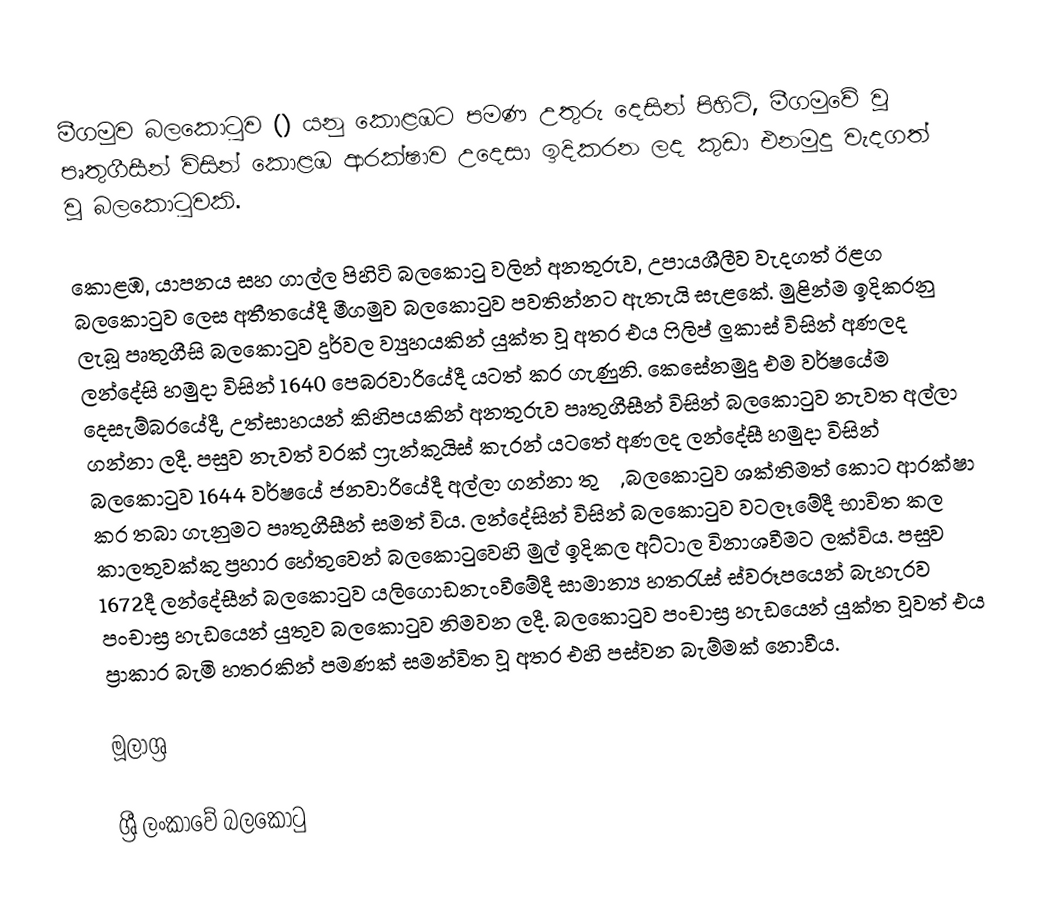
මීගමුව බලකොටුව () යනු කොළඹට  පමණ උතුරු දෙසින් පිහිටි, මීගමුවේ වූ පෘතුගීසීන් විසින් කොළඹ ආරක්ෂාව උදෙසා ඉදිකරන ලද කුඩා එනමුදු වැදගත් වූ බලකොටුවකි.

කොළඹ, යාපනය සහ ගාල්ල පිහිටි බලකොටු වලින් අනතුරුව, උපායශීලීව වැදගත් ඊළග බලකොටුව ලෙස අතීතයේදී මීගමුව බලකොටුව පවතින්නට ඇතැයි සැළකේ. මුළින්ම ඉදිකරනු ලැබූ පෘතුගීසි බලකොටුව දුර්වල ව්‍යුහයකින් යුක්ත වූ අතර එය ෆිලිප් ලුකාස් විසින් අණලද ලන්දේසි හමුදා විසින් 1640 පෙබරවාරියේදී යටත් කර ගැණුනි. කෙසේනමුදු එම වර්ෂයේම දෙසැම්බරයේදී, උත්සාහයන් කිහිපයකින් අනතුරුව පෘතුගීසීන් විසින් බලකොටුව නැවත අල්ලා ගන්නා ලදී. පසුව නැවත් වරක් ෆ්‍රැන්කුයිස් කැරන් යටතේ අණලද ලන්දේසී හමුදා විසින් බලකොටුව 1644 වර්ෂයේ ජනවාරියේදී අල්ලා ගන්නා තුරු, බලකොටුව ශක්තිමත් කොට ආරක්ෂා කර තබා ගැනුමට පෘතුගීසීන් සමත් විය. ලන්දේසින් විසින් බලකොටුව වටලෑමේදී භාවිත කල කාලතුවක්කු ප්‍රහාර හේතුවෙන් බලකොටුවෙහි මුල් ඉදිකල අට්ටාල විනාශවීමට ලක්විය. පසුව 1672දී ලන්දේසීන් බලකොටුව යලිගොඩනැංවීමේදී සාමාන්‍ය හතරැස් ස්වරූපයෙන් බැහැරව පංචාස්‍ර හැඩයෙන් යුතුව බලකොටුව නිමවන ලදී. බලකොටුව පංචාස්‍ර හැඩයෙන් යුක්ත වූවත් එය ප්‍රාකාර බැමි හතරකින් පමණක් සමන්විත වූ අතර එහි පස්වන බැම්මක් නොවීය.

මූලාශ්‍ර

ශ්‍රී ලංකාවේ බලකොටු